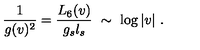
\frac { 1 } { g ( v ) ^ { 2 } } = \frac { L _ { 6 } ( v ) } { g _ { s } l _ { s } } \ \sim \ \log | v | \ .